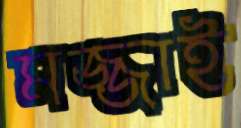
মজ্জাই